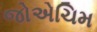
જોએચિમ